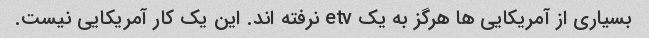
بسیاری از آمریکایی ها هرگز به یک etv نرفته اند. این یک کار آمریکایی نیست.